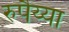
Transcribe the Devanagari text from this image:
रुपैय्या